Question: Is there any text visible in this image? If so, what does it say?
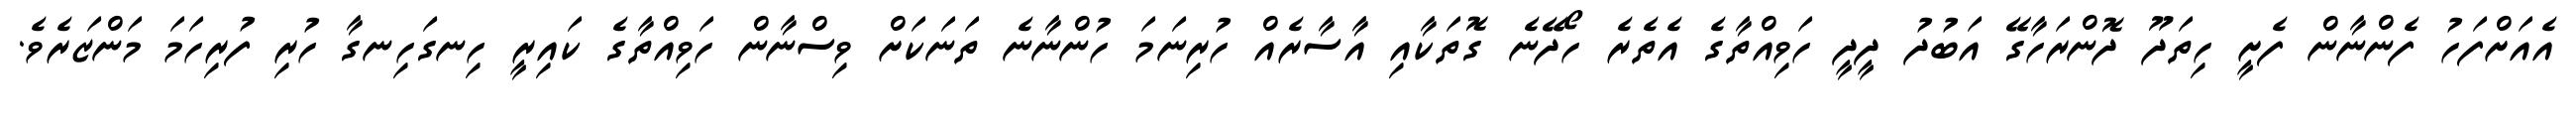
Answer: އެއަށްފަހު ފެންނާން ފެށީ ހިތަދޫ ދޮންރަހާގޭ އަބުދު ދީދީ ހަވިއްތާގެ އެތެރެ ހޯދޭނެ ގޮތަކާއި އާސާރެއް ހުރިނަމަ ހުންނާނެ ތަނަކަށް ވިސްނާން ހަވިއްތާގެ ކައިރީ ހިނގަހިނގާ ހުރި ފުރިހަމަ މަންޒަރެވެ.